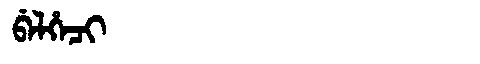
Manchu: ᠪᡝᠯᡥᡝᠴᡳ
Romanization: BELHECI